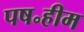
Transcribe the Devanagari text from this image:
पष॰हीम